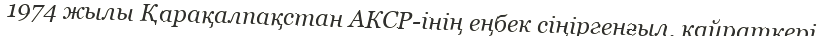
1974 жылы Қарақалпақстан АКСР-інің еңбек сіңіргенғыл. қайраткері.